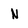
Character: N